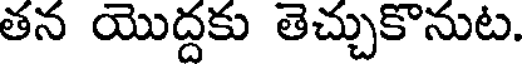
తన యొద్దకు తెచ్చుకొనుట.